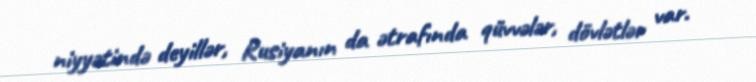
niyyətində deyillər, Rusiyanın da ətrafında qüvvələr, dövlətlər var.